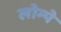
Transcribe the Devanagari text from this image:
लोम्पे